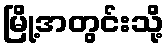
မြို့အတွင်းသို့